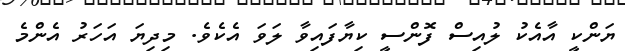
ޔަންކީ އާއެކު ލުއިސް ފޮންސީ ކިޔާފައިވާ ލަވަ އެކެވެ. މިދިޔަ އަހަރު އެންމެ